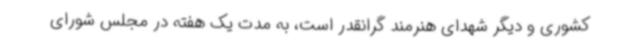
کشوری و دیگر شهدای هنرمند گرانقدر است، به مدت یک هفته در مجلس شورای